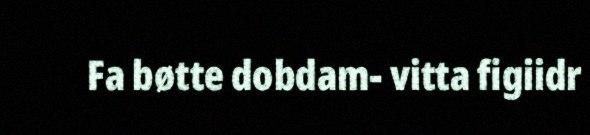
Fa bøtte dobdam- vitta figiidr